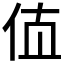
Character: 𰁲